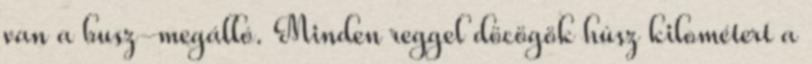
van a busz-megálló. Minden reggel döcögök húsz kilométert a